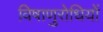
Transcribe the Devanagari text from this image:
विषाणुरोधियों